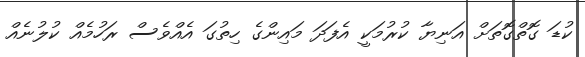
ކުޑަ ގޮތްގޮތަށް އަނިޔާ ކުރުމަކީ އެފަދަ މައިންގެ ހިތުގަ އެއްވެސް ރަހުމެއް ކުލުނެއް